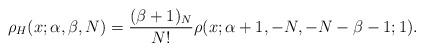
LaTeX: \begin{gather*}\rho_{H}(x;\alpha,\beta,N) =\frac{(\beta+1)_{N}}{N!}\rho ( x;\alpha+1,-N,-N-\beta-1;1 ) .\end{gather*}